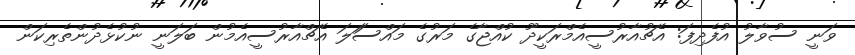
ވަނީ ސުވާލު އުފެދިފަ: އެޗުއާރުސީއެމްރަކީދޫ ކުއްޖާގެ މަރުގެ މައްސަަލަ އެޗްއާރުސީއެމުން ބަލަނީ ނުކުޅެދުންތެރިކަން